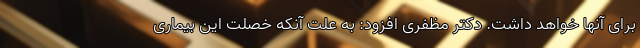
برای آنها خواهد داشت. دکتر مظفری افزود: به علت آنکه خصلت این بیماری